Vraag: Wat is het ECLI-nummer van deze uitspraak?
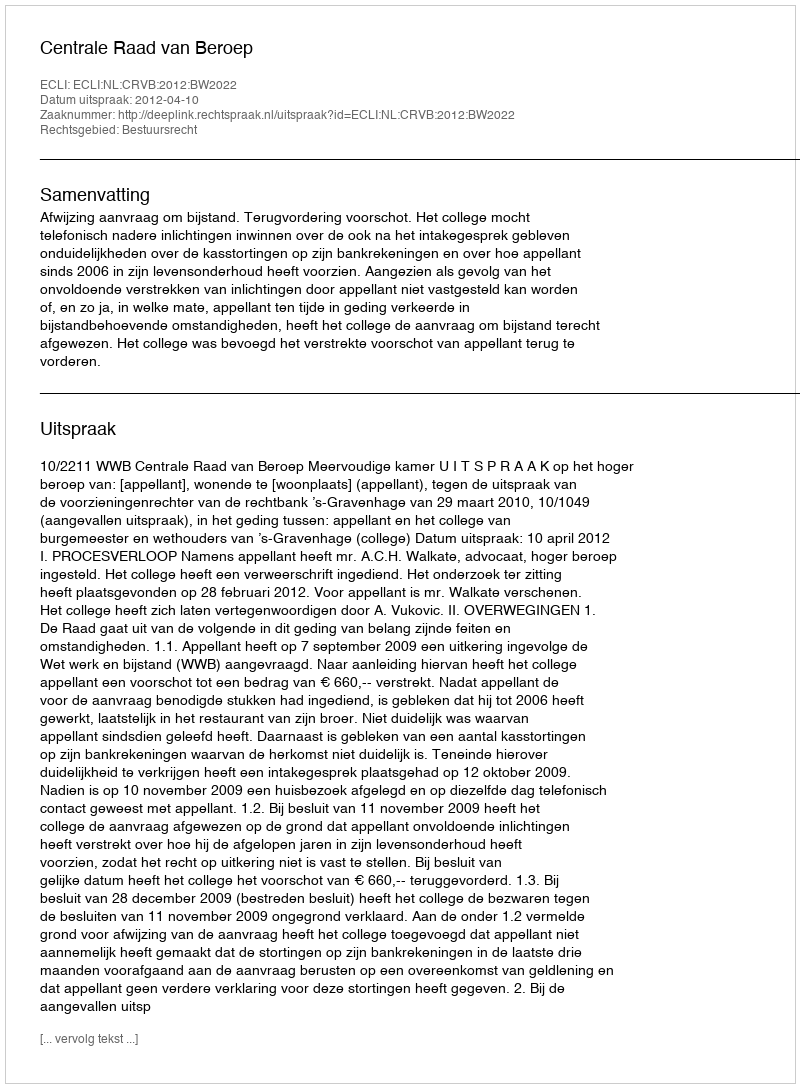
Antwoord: ECLI:NL:CRVB:2012:BW2022